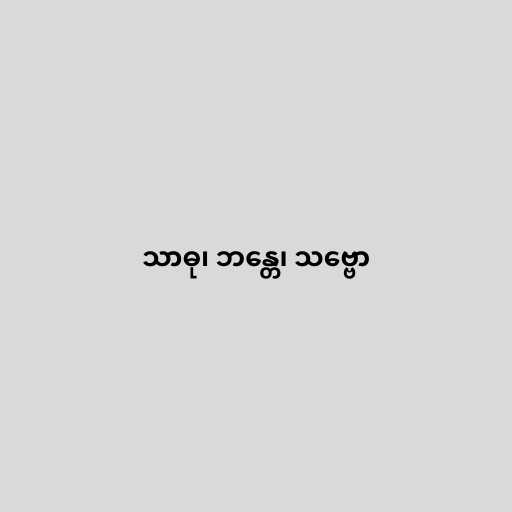
သာဓု၊ ဘန္တေ၊ သဗ္ဗော